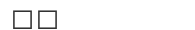
٦٥